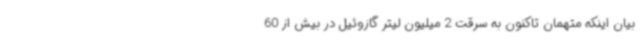
بیان اینکه متهمان تاکنون به سرقت 2 میلیون لیتر گازوئیل در بیش از 60